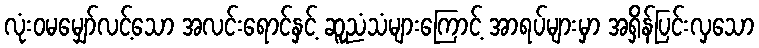
လုံးဝမမျှော်လင့်သော အလင်းရောင်နှင့် ဆူညံသံများကြောင့် အာရပ်များမှာ အရှိန်ပြင်းလှသော